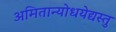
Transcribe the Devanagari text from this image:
अमितान्योधयेद्यस्तु